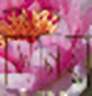
সিনিয়া